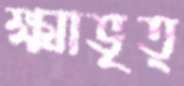
ক্ষ্মাভৃত্